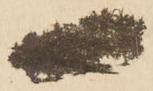
一